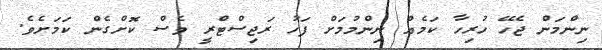
ނިންމަން ޖެހޭ ހުރިހާ ކަމެއް ނިންމުމަށް ފަހު ރަޖިސްޓްރީ ވެސް ކޮށްގެން ކަމަށެވެ.